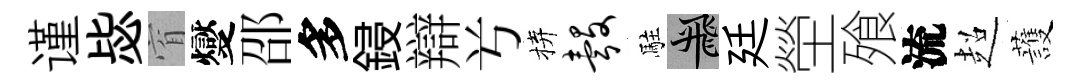
谨毖窅燮邵多鋟辯𠔃拚彀駐飛廷塋飱流超䕶